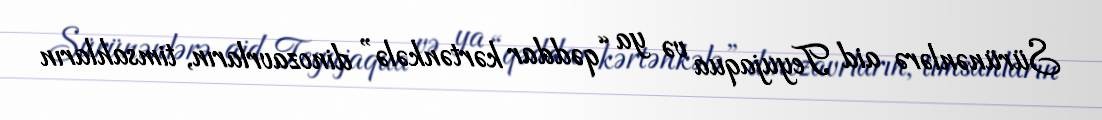
Sürünənlərə aid Teyujaqua və ya “qəddar kərtənkələ” dinozavrların, timsahların